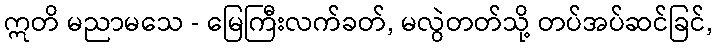
ဣတိ မညာမသေ - မြေကြီးလက်ခတ်, မလွဲတတ်သို့ တပ်အပ်ဆင်ခြင်,